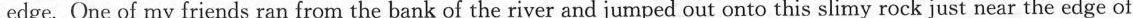
edge. One of my friends ran from the bank of the river and jumped out onto this slimy rock just near the edge of